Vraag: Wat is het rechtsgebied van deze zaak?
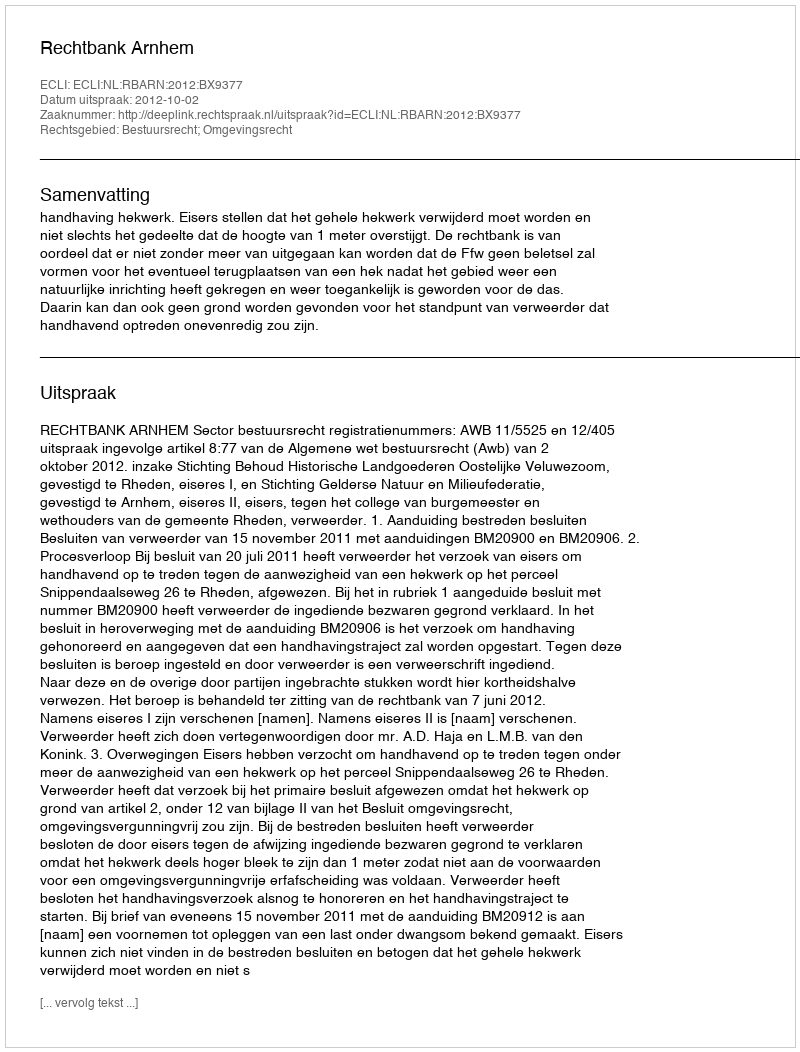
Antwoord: Bestuursrecht; Omgevingsrecht